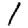
Digit: 1